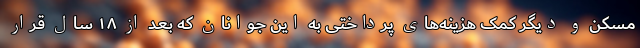
مسکن و دیگر کمک هزینه‌های پرداختی به این جوانان که بعد از ۱۸ سال قرار